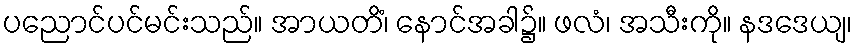
ပညောင်ပင်မင်းသည်။ အာယတိံ၊ နောင်အခါ၌။ ဖလံ၊ အသီးကို။ နဒဒေယျ၊